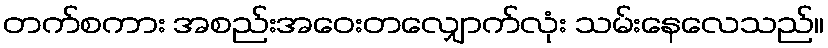
တက်စကား အစည်းအဝေးတလျှောက်လုံး သမ်းနေလေသည်။